Civil Veterinary Department Bihar & Orissa reports 1922-29 - 1922-1929
Year: 1922
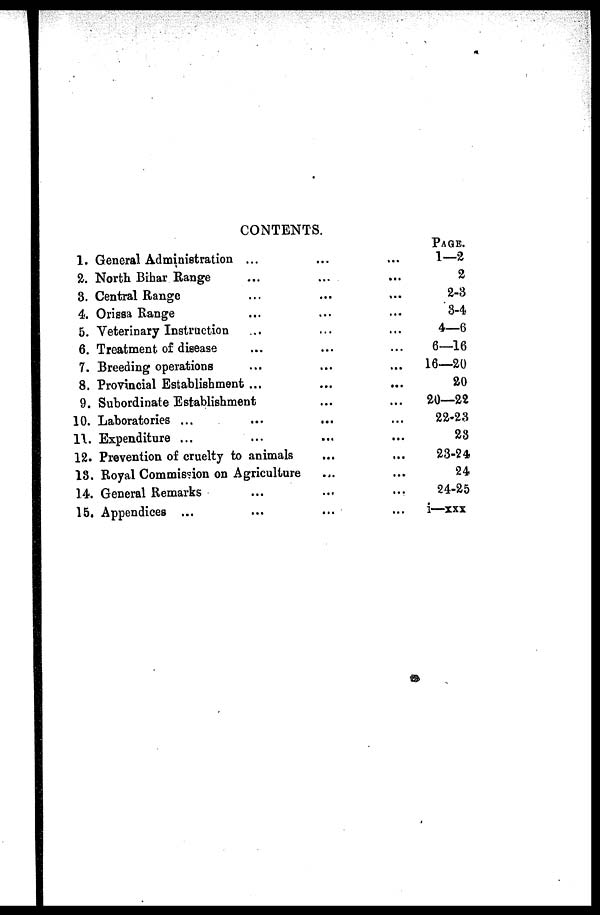
CONTENTS.
1. General Administration ... ... ...
2. North Bihar Range ... ... ...
8. Central Range ... ... ...
4. Orissa Range ... ... ...
5. Veterinary Instruction ... ... ...
6. Treatment of disease ... ... ...
7. Breeding operations ... ... ...
8. Provincial Establishment ... ... ...
9. Subordinate Establishment ... ...
10. Laboratories ... ... ... ...
11. Expenditure ... ... ... ...
12. Prevention of cruelty to animals ... ...
13. Royal Commission on Agriculture ... ...
14. General Remarks ... ... ...
15. Appendices ... ... ... ...
PAGE.
1—2
2
2-3
3-4
4—6
6—16
16—20
20
20—22
22-23
23
23-24
24
24-25
i—xxx